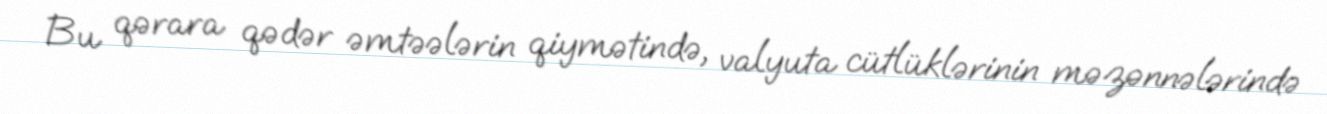
Bu qərara qədər əmtəələrin qiymətində, valyuta cütlüklərinin məzənnələrində